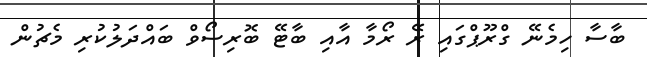
ބާސާ ހިމެނޭ ގްރޫޕްގައި ރޭ ރޯމާ އާއި ބާޓޭ ބޮރިސޯވް ބައްދަލުކުރި މެޗުން